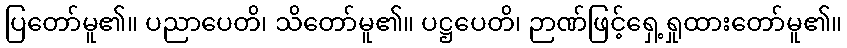
ပြတော်မူ၏။ ပညာပေတိ၊ သိတော်မူ၏။ ပဋ္ဌပေတိ၊ ဉာဏ်ဖြင့်ရှေ့ရှုထားတော်မူ၏။